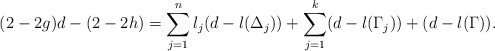
\begin{align*}(2-2g)d-(2-2h)=\sum_{j=1}^{n}l_j(d-l(\Delta_j))+\sum_{j=1}^{k}(d-l(\Gamma_j))+(d-l(\Gamma)).\end{align*}